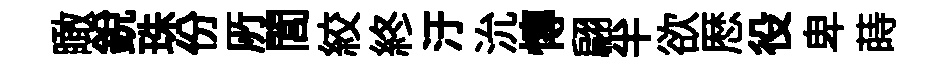
瞰銳珠份𠩄閭絞終汙沇慱翩半欲厯役卑蒔